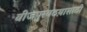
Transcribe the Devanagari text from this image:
वीजपुरवठय़ासाठी